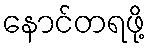
နောင်တရဖို့